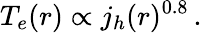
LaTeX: T_{e}(r)\propto j_{h}(r)^{0.8}\, .